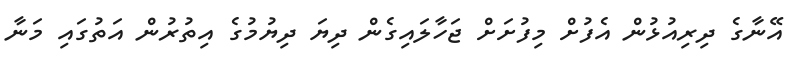
އޭނާގެ ދިރިއުޅުން އެފުށް މިފުށަށް ޖަހާލައިގެން ދިޔަ ދިޔުމުގެ އިތުރުން އަތުގައި މަނާ